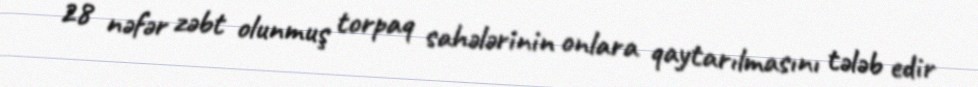
28 nəfər zəbt olunmuş torpaq sahələrinin onlara qaytarılmasını tələb edir